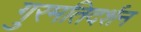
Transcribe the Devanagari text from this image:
गुरमतिदर्शन